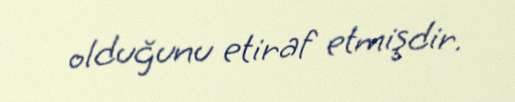
olduğunu etiraf etmişdir.